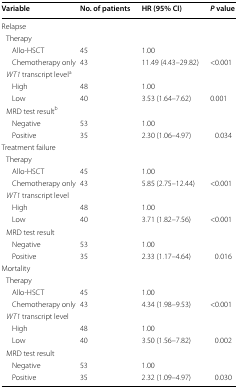
<table><thead><tr><td><b>Variable</b></td><td><b>No. of patients</b></td><td><b>HR (95% CI)</b></td><td><b><i>P</i> value</b></td></tr></thead><tbody><tr><td colspan="4">Relapse</td></tr><tr><td colspan="4"> Therapy</td></tr><tr><td>Allo-HSCT</td><td>45</td><td>1.00</td><td></td></tr><tr><td>Chemotherapy only</td><td>43</td><td>11.49 (4.43–29.82)</td><td>&lt;0.001</td></tr><tr><td colspan="4"> <i>WT1</i> transcript level<sup>a</sup></td></tr><tr><td>High</td><td>48</td><td>1.00</td><td></td></tr><tr><td>Low</td><td>40</td><td>3.53 (1.64–7.62)</td><td>0.001 </td></tr><tr><td colspan="4"> MRD test result<sup>b</sup></td></tr><tr><td>Negative</td><td>53</td><td>1.00</td><td></td></tr><tr><td>Positive</td><td>35</td><td>2.30 (1.06–4.97)</td><td>0.034</td></tr><tr><td colspan="4">Treatment failure</td></tr><tr><td colspan="4"> Therapy</td></tr><tr><td>Allo-HSCT</td><td>45</td><td>1.00</td><td></td></tr><tr><td>Chemotherapy only</td><td>43</td><td>5.85 (2.75–12.44)</td><td>&lt;0.001</td></tr><tr><td colspan="4"> <i>WT1</i> transcript level</td></tr><tr><td>High</td><td>48</td><td>1.00</td><td></td></tr><tr><td>Low</td><td>40</td><td>3.71 (1.82–7.56)</td><td>&lt;0.001</td></tr><tr><td colspan="4"> MRD test result</td></tr><tr><td>Negative</td><td>53</td><td>1.00</td><td></td></tr><tr><td>Positive</td><td>35</td><td>2.33 (1.17–4.64)</td><td>0.016</td></tr><tr><td colspan="4">Mortality</td></tr><tr><td colspan="4"> Therapy</td></tr><tr><td>Allo-HSCT</td><td>45</td><td>1.00</td><td></td></tr><tr><td>Chemotherapy only</td><td>43</td><td>4.34 (1.98–9.53)</td><td>&lt;0.001</td></tr><tr><td colspan="4"> <i>WT1</i> transcript level</td></tr><tr><td>High</td><td>48</td><td>1.00</td><td></td></tr><tr><td>Low</td><td>40</td><td>3.50 (1.56–7.82)</td><td>0.002</td></tr><tr><td colspan="4"> MRD test result</td></tr><tr><td>Negative</td><td>53</td><td>1.00</td><td></td></tr><tr><td>Positive</td><td>35</td><td>2.32 (1.09–4.97)</td><td>0.030</td></tr></tbody></table>